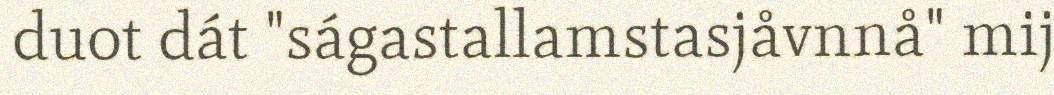
duot dát "ságastallamstasjåvnnå" mij